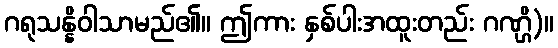
ဂရုသန္နိဝါသာမည်၏။ ဤကား နှစ်ပါးအထူးတည်း ဂဏ္ဌိ)။